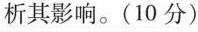
简析其影响。(10分)